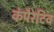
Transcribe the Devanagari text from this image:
कंपैरेटिव